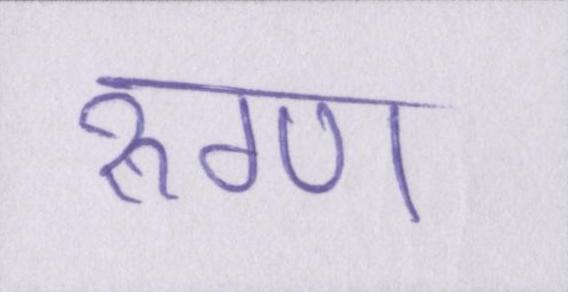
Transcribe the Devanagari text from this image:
रुग्ण